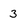
Character: 3